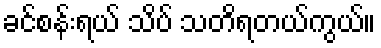
ခင်စန်းရယ် သိပ် သတိရတယ်ကွယ်။